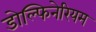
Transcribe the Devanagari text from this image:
डोल्फिनेरियम